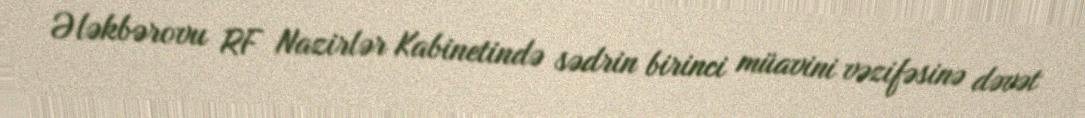
Ələkbərovu RF Nazirlər Kabinetində sədrin birinci müavini vəzifəsinə dəvət